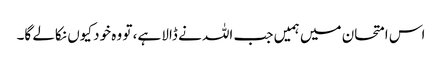
اس امتحان میں ہمیں جب اللہ نے ڈالا ہے، تو وہ خود کیوں نکالے گا۔